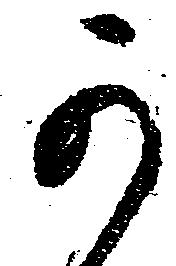
可